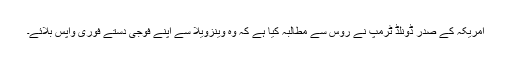
امریکہ کے صدر ڈونلڈ ٹرمپ نے روس سے مطالبہ کیا ہے کہ وہ وینزویلا سے اپنے فوجی دستے فوری واپس بلائے۔